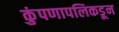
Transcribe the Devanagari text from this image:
कुंपणापलिकडून